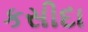
કસીદા